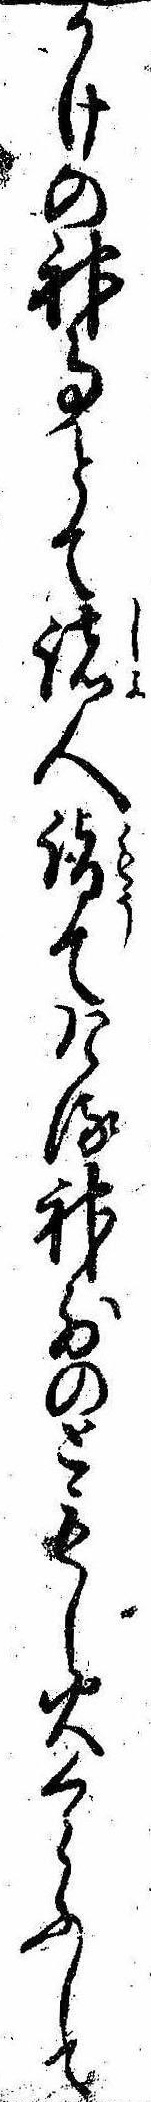
かけの神事とて諸人詣てける神前のともし火くらふして